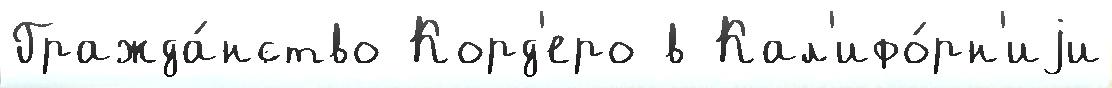
Гражда́нство Корд'еро в Кал'ифо́рн'иjи